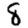
Digit: 8